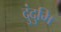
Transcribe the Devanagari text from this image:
दुंदुमि